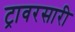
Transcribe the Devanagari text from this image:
ट्रावरसारी